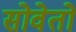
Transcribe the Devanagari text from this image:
सोवेतो